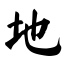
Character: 地